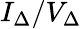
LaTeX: I_{\Delta}/V_{\Delta}